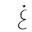
Letter: _gayn